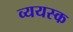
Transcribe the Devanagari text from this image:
व्ययस्क